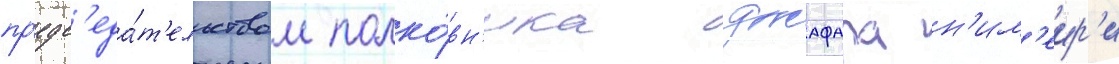
пр'едс'еда́т'ельством полко́вн'ика джафара н'им'еир'и